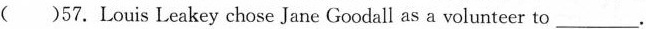
( )57.Louis Leakey chose Jane Goodall as a volunteer to___